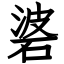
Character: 碆